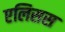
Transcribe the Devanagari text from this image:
एलिसस